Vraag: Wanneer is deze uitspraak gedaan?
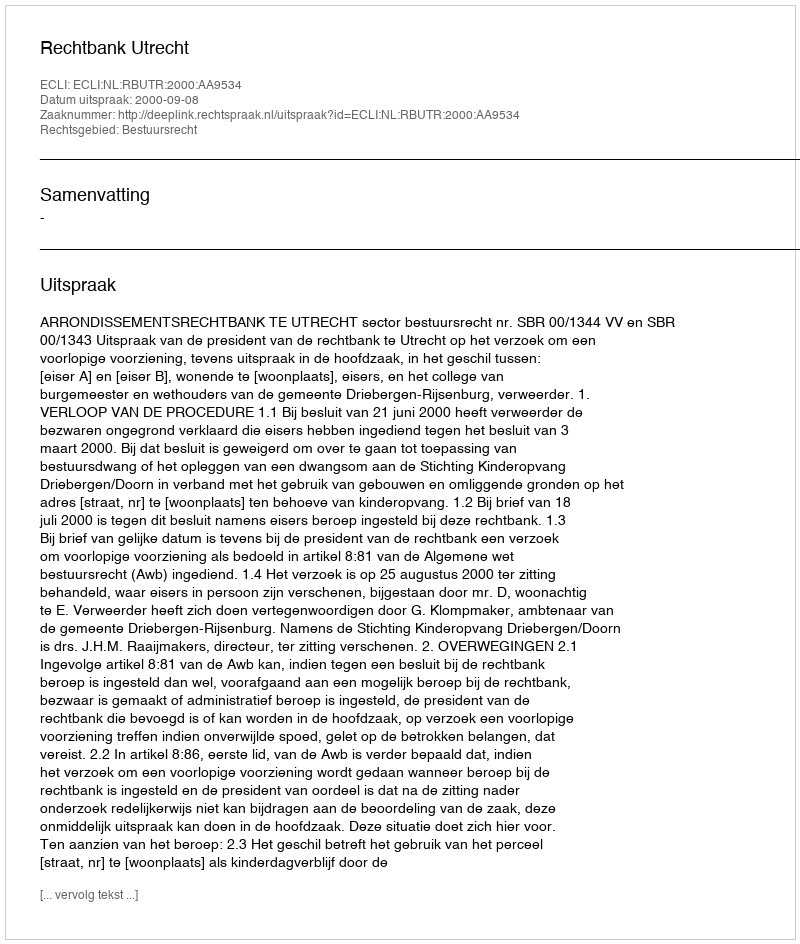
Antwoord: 2000-09-08